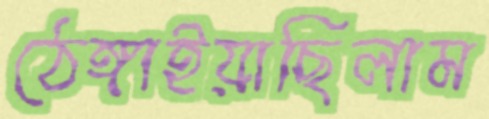
ঠেঙ্গাইয়াছিলাম